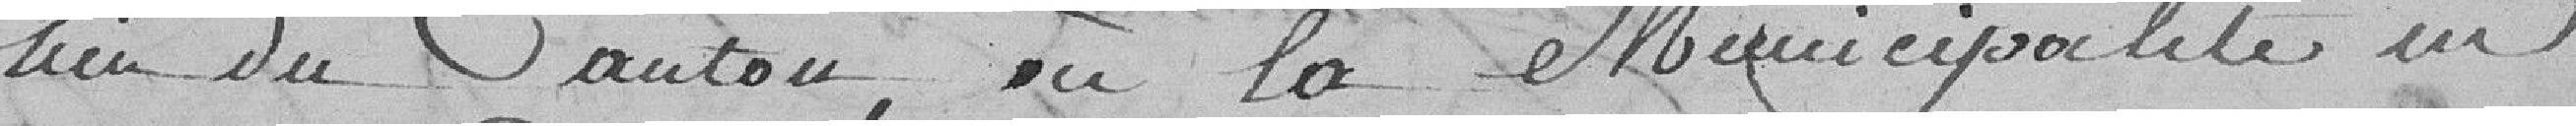
lieu du canton, où la municipalité, en